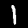
Digit: 1